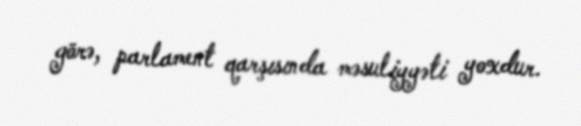
görə, parlament qarşısında məsuliyyəti yoxdur.